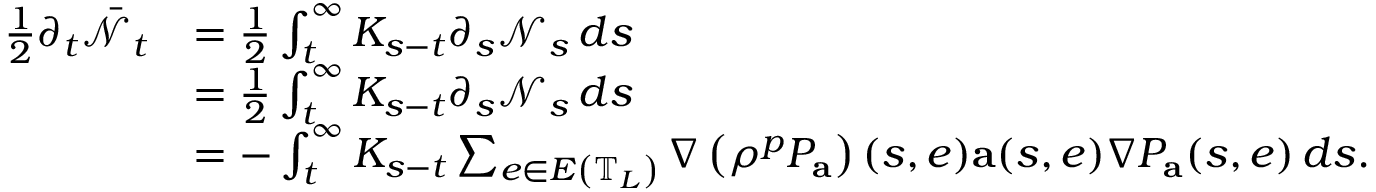
\begin{array} { r l } { \frac { 1 } { 2 } \partial _ { t } \bar { \mathcal { N } } _ { t } } & { = \frac 1 2 \int _ { t } ^ { \infty } K _ { s - t } \partial _ { s } \mathcal { N } _ { s } \, d s } \\ & { = \frac 1 2 \int _ { t } ^ { \infty } K _ { s - t } \partial _ { s } \mathcal { N } _ { s } \, d s } \\ & { = - \int _ { t } ^ { \infty } K _ { s - t } \sum _ { e \in E \left( \mathbb { T } _ { L } \right) } \nabla \left( \rho ^ { p } P _ { \mathbf { a } } \right) ( s , e ) \mathbf { a } ( s , e ) \nabla P _ { \mathbf { a } } ( s , e ) \, d s . } \end{array}